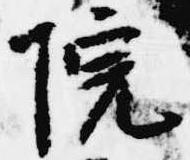
院